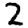
Digit: 2